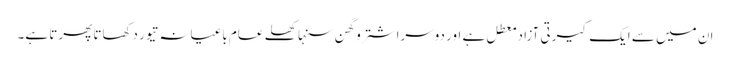
ان میں سے ایک کیرتی آزاد معطل ہے اور دوسرا شترو گھن سنہا کھلے عام باغیانہ تیور دکھاتا پھرتا ہے۔